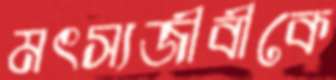
মৎস্যজীবীকে